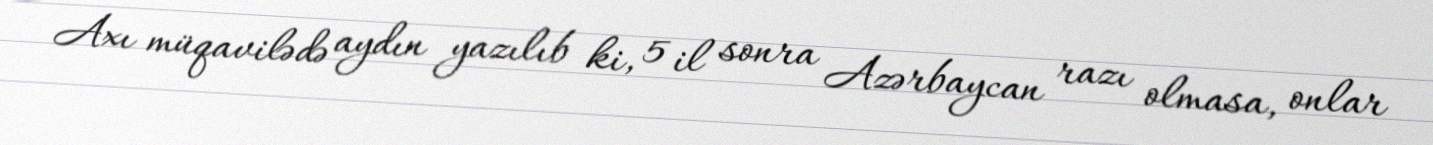
Axı müqavilədə aydın yazılıb ki, 5 il sonra Azərbaycan razı olmasa, onlar